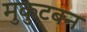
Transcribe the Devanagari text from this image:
मुकुटबन